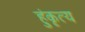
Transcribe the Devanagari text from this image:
हुंकृत्य